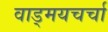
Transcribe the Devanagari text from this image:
वाड्मयचर्चा